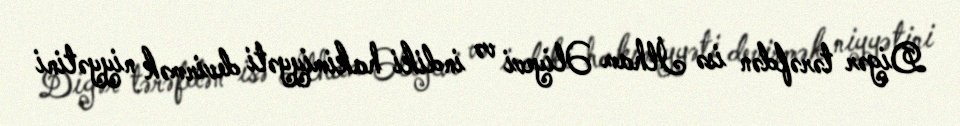
Digər tərəfdən isə İlham Əliyevi və indiki hakimiyyəti devirmək niyyətini